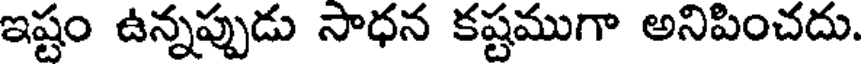
ఇష్టం ఉన్నప్పుడు సాధన కష్టముగా అనిపించదు.